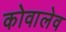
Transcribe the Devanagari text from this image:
कोवालेव